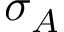
\sigma _ { A }